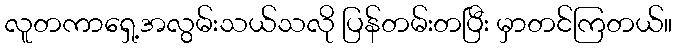
လူတကာရှေ့အလွမ်းသယ်သလို ပြန်တမ်းတပြီး မှာတင်ကြတယ်။